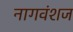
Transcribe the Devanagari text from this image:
नागवंशज